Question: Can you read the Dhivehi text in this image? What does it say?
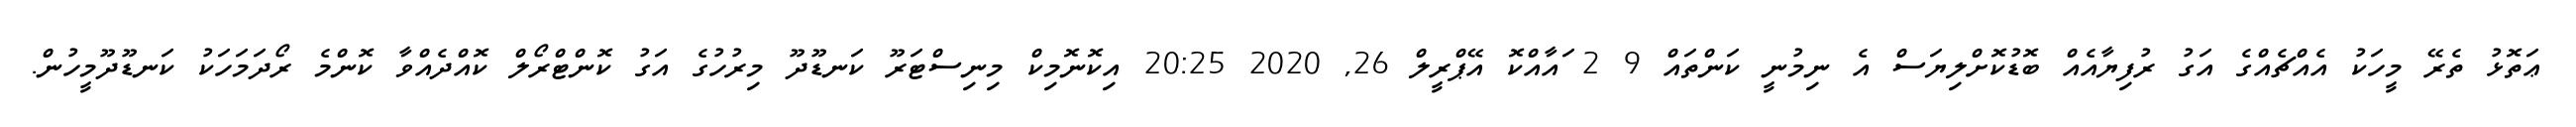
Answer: ޢަތޮޅު ތެރޭ މީހަކު އެއްޗެއްގެ އަގު ރުފިޔާއެއް ބޮޑުކޮށްލިޔަސް އެ ނިމުނީ ކަންތައް 9 2 ައާއްކޮ އޭޕްރީލް 26, 2020 20:25 އިކޮނޮމިކް މިނިސްޓަރޫ ކަނޑޫދޫ މިރުހުގެ އަގު ކޮންޓްރޯލް ކޮއްދެއްވާ ކޮންމެ ރޯދަމަހަކު ކަނޑޫދޫމީހުން.